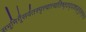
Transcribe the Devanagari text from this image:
सभूमिगूँसर्वतस्पृत्त्वात्त्यतिष्ठ्ठद्दशाङ्गुलम्॥१॥